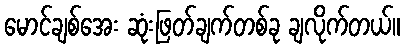
မောင်ချစ်အေး ဆုံးဖြတ်ချက်တစ်ခု ချလိုက်တယ်။